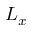
L _ { x }